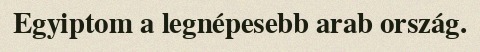
Egyiptom a legnépesebb arab ország.